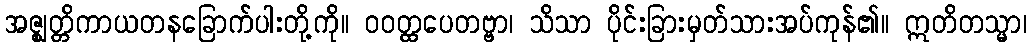
အဇ္ဈတ္တိကာယတနခြောက်ပါးတို့ကို။ ဝဝတ္ထပေတဗ္ဗာ၊ သိသာ ပိုင်းခြားမှတ်သားအပ်ကုန်၏။ ဣတိတသ္မာ၊